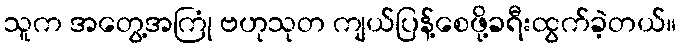
သူက အတွေ့အကြုံ ဗဟုသုတ ကျယ်ပြန့်စေဖို့ခရီးထွက်ခဲ့တယ်။